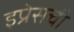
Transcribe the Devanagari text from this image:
इप्रेसची